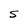
Character: S